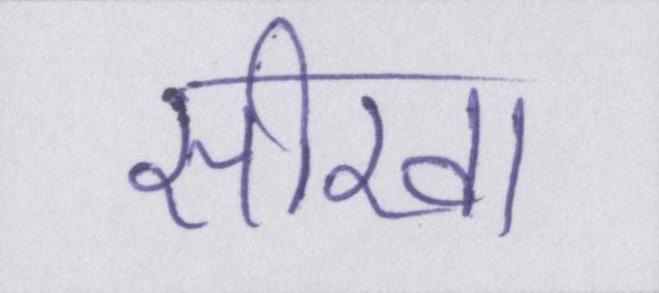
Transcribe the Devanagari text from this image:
सीखा